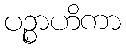
ပဉ္စာဟိကာ